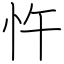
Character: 忤